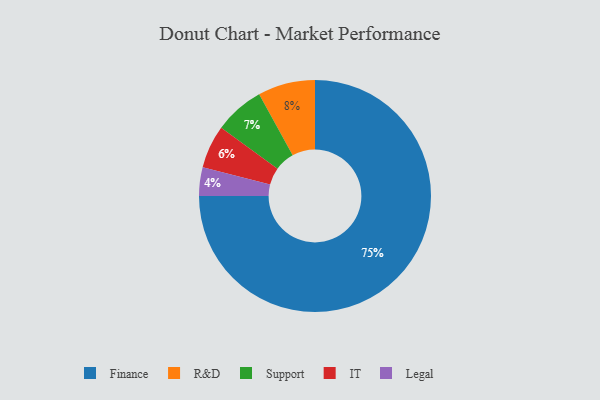
{"axis": {"x": "Category", "y": "Percentage"}, "legend": ["Finance", "IT", "Legal", "R&D", "Support"], "data": [{"x": "Support", "y": 7, "type": "Support"}, {"x": "R&D", "y": 8, "type": "R&D"}, {"x": "Legal", "y": 4, "type": "Legal"}, {"x": "Finance", "y": 75, "type": "Finance"}, {"x": "IT", "y": 6, "type": "IT"}]}